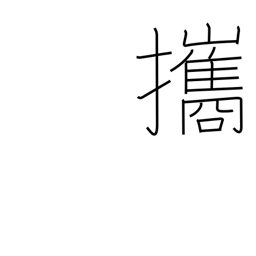
Meaning: bring along